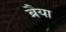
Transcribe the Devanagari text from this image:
ब्रैया